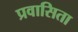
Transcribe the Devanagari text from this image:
प्रवासिता